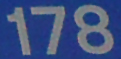
178